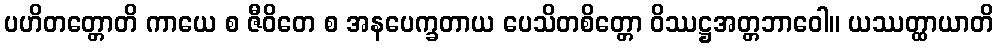
ပဟိတတ္တောတိ ကာယေ စ ဇီဝိတေ စ အနပေက္ခတာယ ပေသိတစိတ္တော ဝိဿဋ္ဌအတ္တဘာဝေါ။ ယဿတ္ထာယာတိ